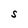
Character: S